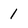
Character: 1